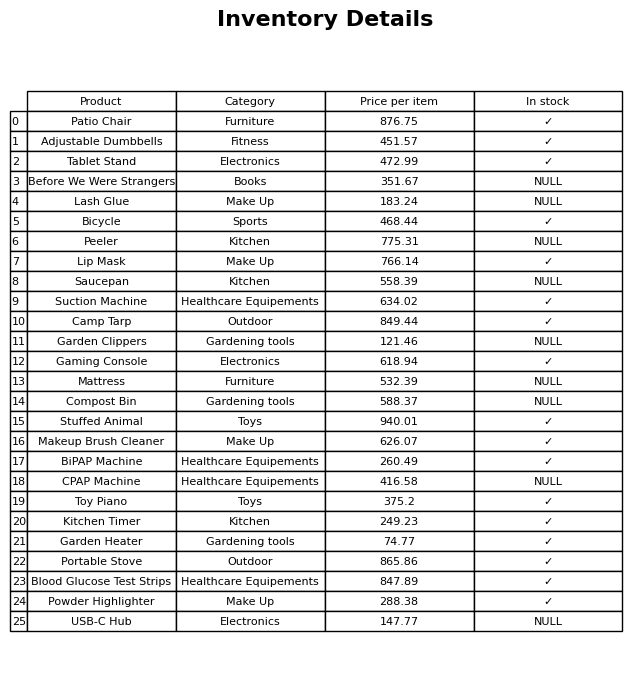
question: Is the Garden Clippers in stock?
answer: NULL